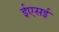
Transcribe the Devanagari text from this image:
ईएसई